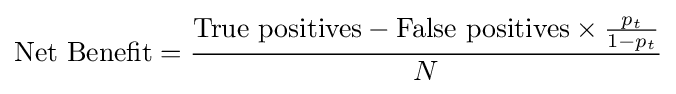
\mathrm {Net} \ \mathrm {Benefit} ={\mathrm {True} \ \mathrm {positives} -\mathrm {False} \ \mathrm {positives} \times {p_{t} \over 1-p_{t}} \over N}